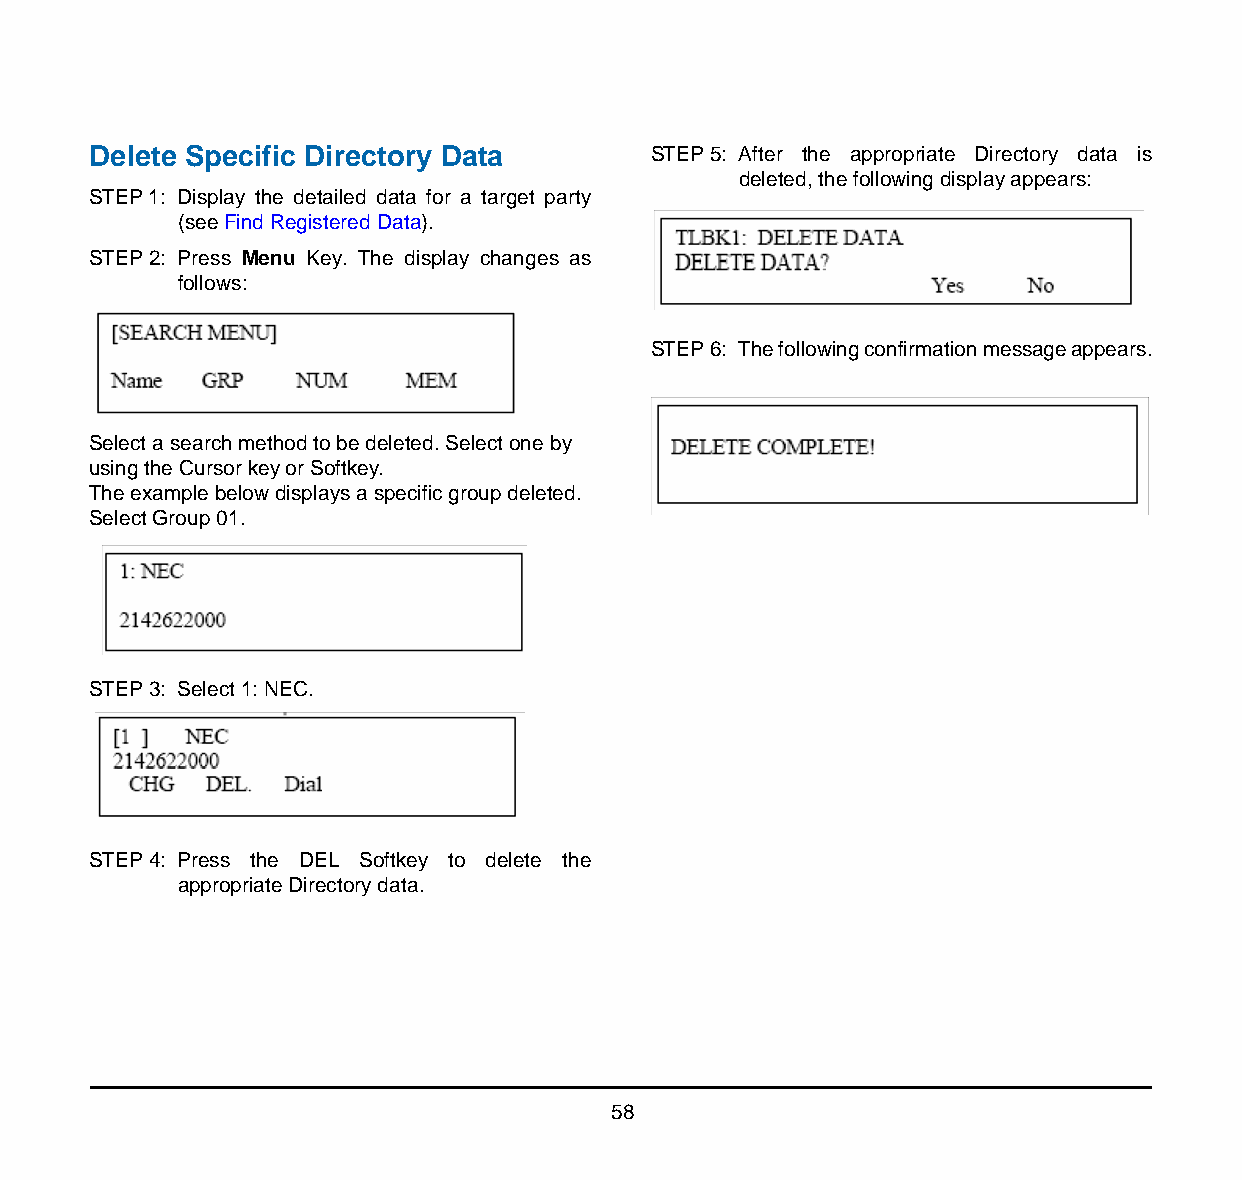
Delete Specific Directory Data        STEP 5: After the appropriate Directory data is
 deleted, the following display appears:
 STEP 1: Display the detailed data for a target party
 (see Find Registered Data).      [Directory]
 STEP 2: Press Menu Key. The display changes as
 follows:
 [Directory]
 STEP 6: The following confirmation message appears.
 [Directory]
 Select a search method to be deleted. Select one by
 using the Cursor key or Softkey.
 The example below displays a specific group deleted.
 Select Group 01.
 [Directory]
 STEP 3: Select 1: NEC.
 [Directory]
 STEP 4: Press the DEL Softkey to delete the
 appropriate Directory data.
 58